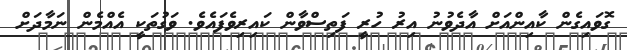
ގޮވައިގެން ކާއިންއަށް އާދެވުނު އިރު ހުރީ ފަތިސްވާން ކައިރިވެފައެވެ. ވަގުތަކީ އެއްމެން ނަމާދަށް